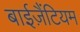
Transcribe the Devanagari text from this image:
बाईज़ैंटियम